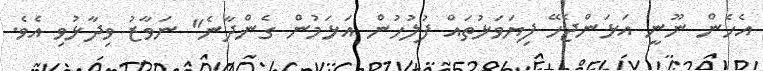
އެހެން ނޫނީ އަޅަންޖެހޭ ފިޔަވަޅުތައް ފުލުހުން އަޅަމުން ގެންދާނެ" ނަވާޒު ވިދާޅުވި އެވެ.